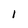
Character: 1